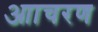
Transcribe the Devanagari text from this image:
आाचरण